Document type: Inventory
Year: 1295
Scribe: Pere Marc
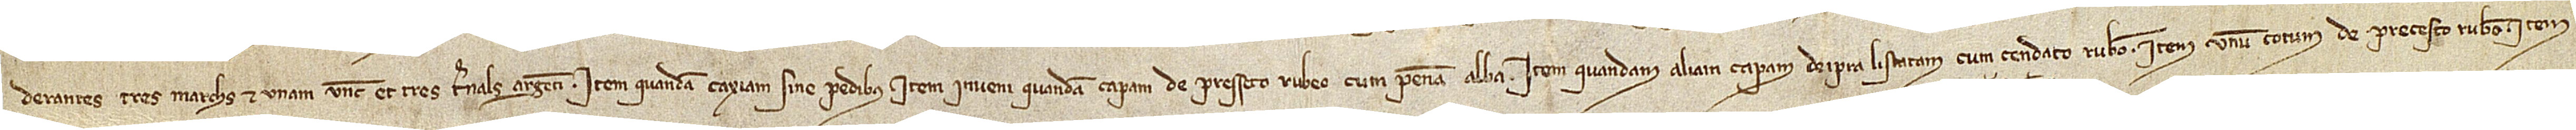
derantes tres marchs et unam unce et tres ternals argenti; item, quandam caxiam sine pedibus. Item, inveni quandam capam de presseto rubeo cum penna alba; item, quandam aliam capam de Ipra listatam cum cendato rubeo; item, unum cotum de precesto rubeo; item,